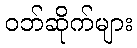
ဝဘ်ဆိုက်များ